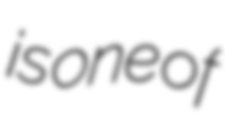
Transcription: is one of